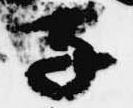
子